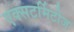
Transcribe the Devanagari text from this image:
एक्सटर्मिटीज